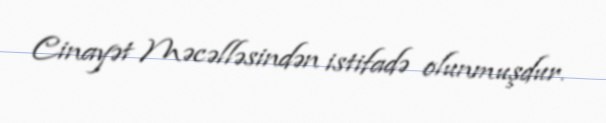
Cinayət Məcəlləsindən istifadə olunmuşdur.